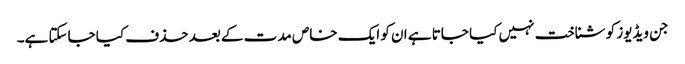
جن ویڈیوز کو شناخت نہیں کیا جاتا ہے ان کو ایک خاص مدت کے بعد حذف کیا جاسکتا ہے۔